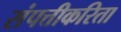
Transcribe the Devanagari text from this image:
संपत्तीकरिता